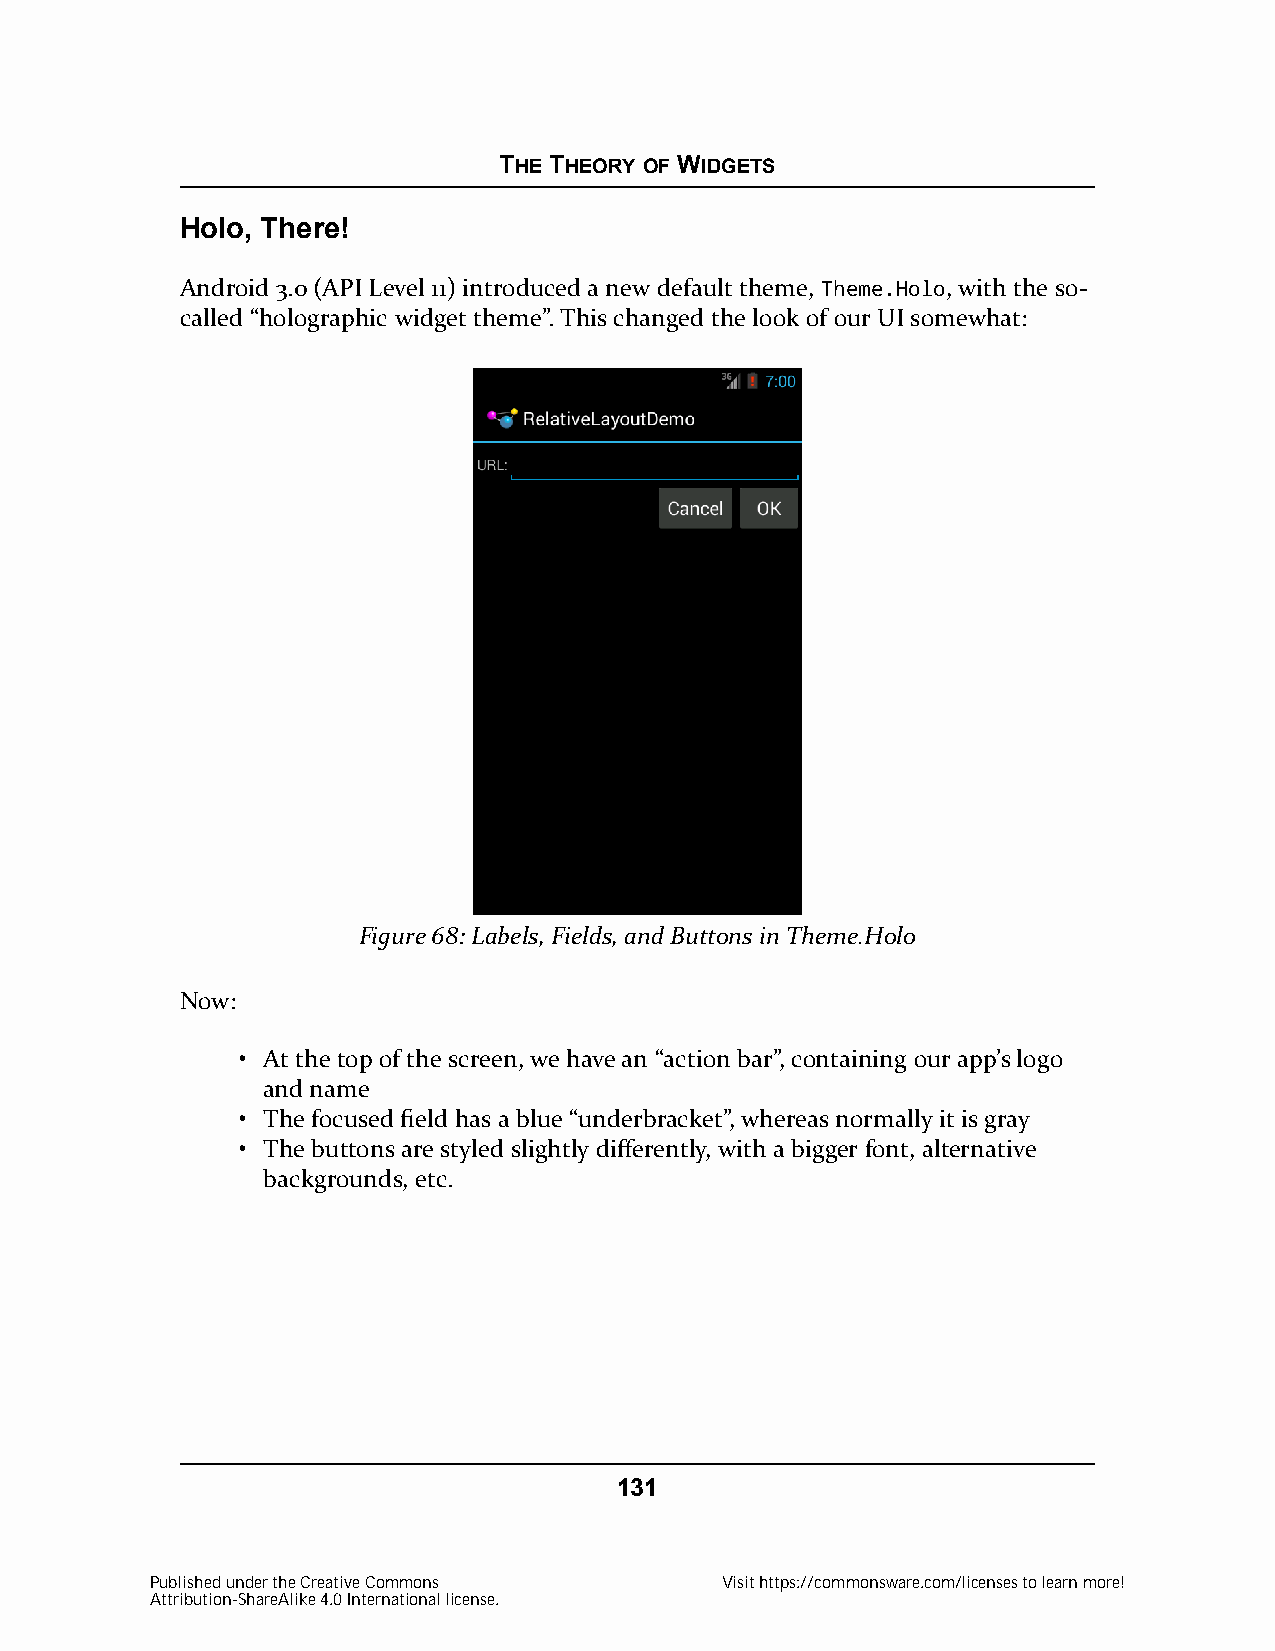
THE THEORY OF WIDGETS
 Holo, There!
 Android 3.0 (API Level 11) introduced a new default theme, Theme.Holo, with the so-
 called “holographic widget theme”. This changed the look of our UI somewhat:
 Figure 68: Labels, Fields, and Buttons in Theme.Holo
 Now:
 • At the top of the screen, we have an “action bar”, containing our app’s logo
 and name
 • The focused field has a blue “underbracket”, whereas normally it is gray
 • The buttons are styled slightly differently, with a bigger font, alternative
 backgrounds, etc.
 131
 Published under the Creative Commons  Visit https://commonsware.com/licenses to learn more!
 Attribution-ShareAlike 4.0 International license.